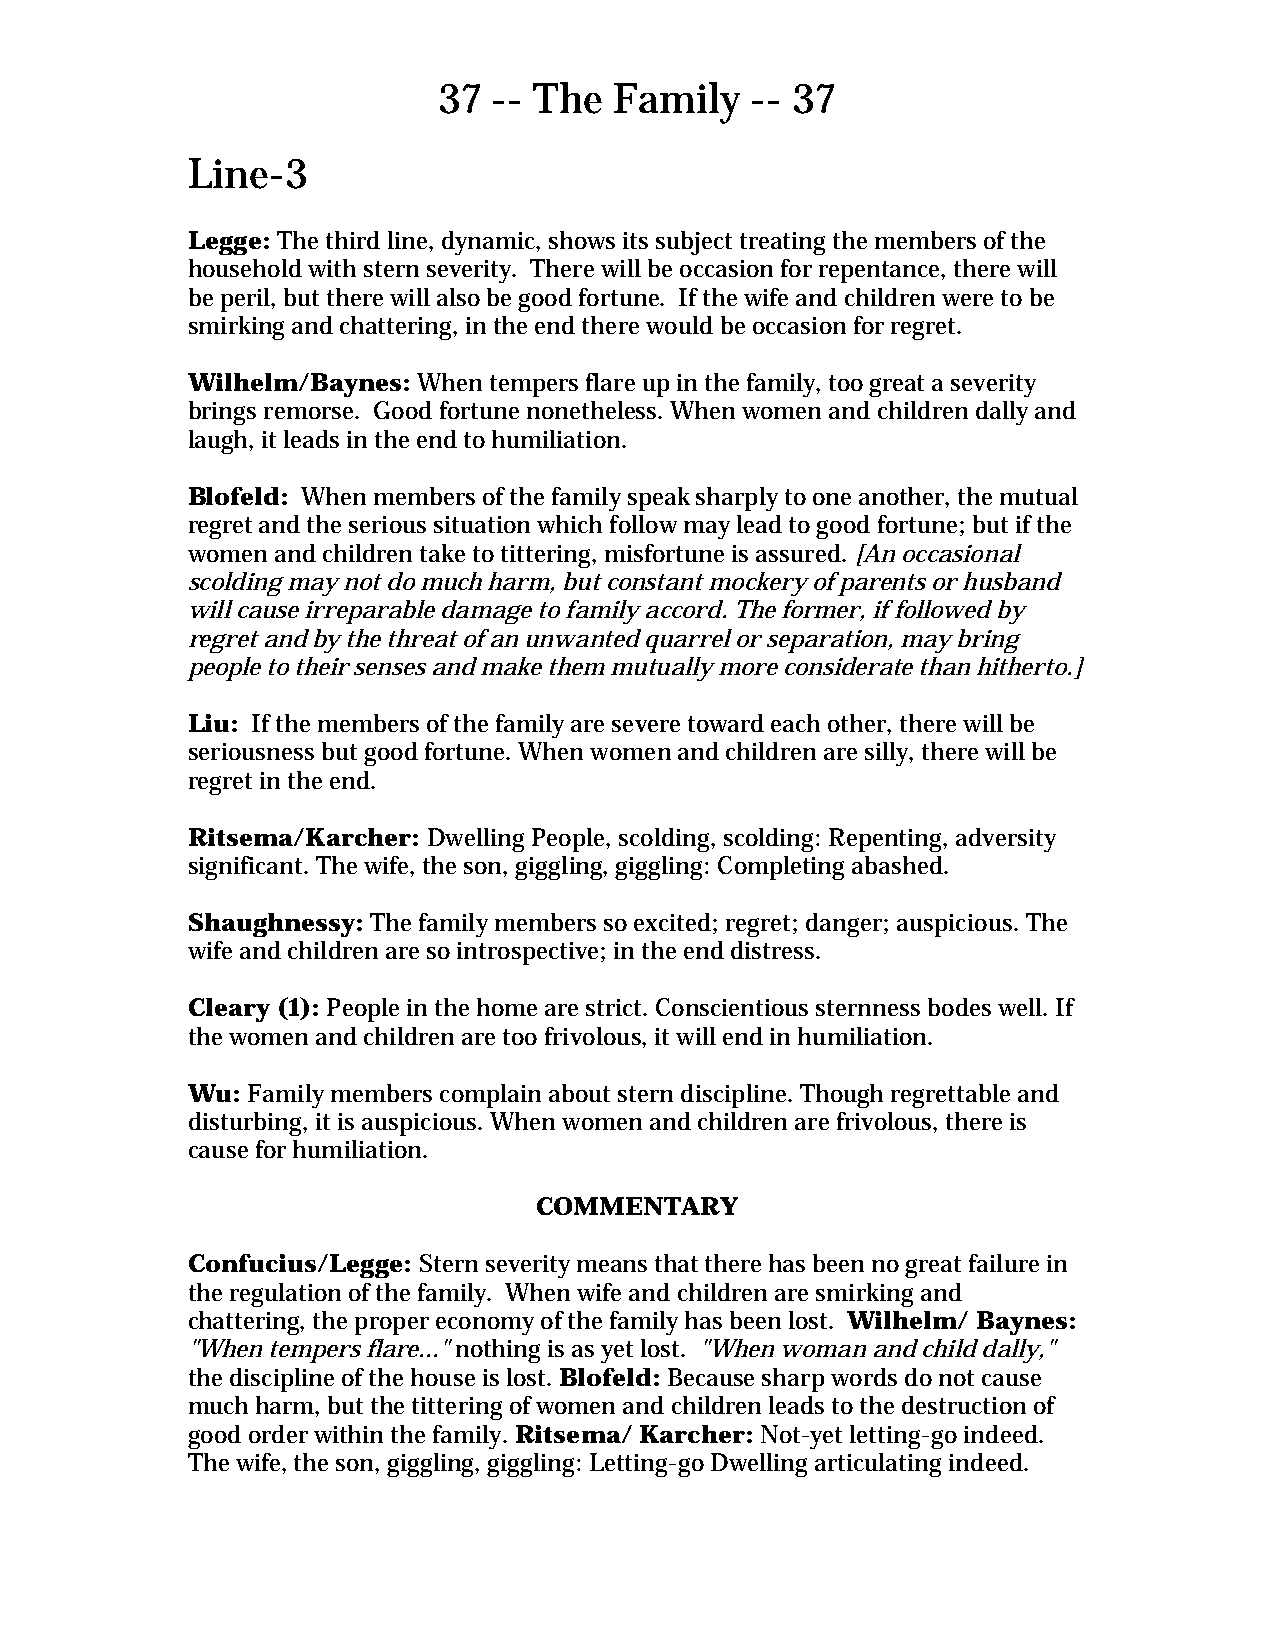
37  -- The  Family   -- 37
 Line-3
 Legge: The third line, dynamic, shows its subject treating the members of the
 household with stern severity. There will be occasion for repentance, there will
 be peril, but there will also be good fortune. If the wife and children were to be
 smirking and chattering, in the end there would be occasion for regret.
 Wilhelm/Baynes: When tempers flare up in the family, too great a severity
 brings remorse. Good fortune nonetheless. When women and children dally and
 laugh, it leads in the end to humiliation.
 Blofeld: When members of the family speak sharply to one another, the mutual
 regret and the serious situation which follow may lead to good fortune; but if the
 women and children take to tittering, misfortune is assured. [An occasional
 scolding may not do much harm, but constant mockery of parents or husband
 will cause irreparable damage to family accord. The former, if followed by
 regret and by the threat of an unwanted quarrel or separation, may bring
 people to their senses and make them mutually more considerate than hitherto.]
 Liu: If the members of the family are severe toward each other, there will be
 seriousness but good fortune. When women and children are silly, there will be
 regret in the end.
 Ritsema/Karcher: Dwelling People, scolding, scolding: Repenting, adversity
 significant. The wife, the son, giggling, giggling: Completing abashed.
 Shaughnessy: The family members so excited; regret; danger; auspicious. The
 wife and children are so introspective; in the end distress.
 Cleary (1): People in the home are strict. Conscientious sternness bodes well. If
 the women and children are too frivolous, it will end in humiliation.
 Wu: Family members complain about stern discipline. Though regrettable and
 disturbing, it is auspicious. When women and children are frivolous, there is
 cause for humiliation.
 COMMENTARY
 Confucius/Legge: Stern severity means that there has been no great failure in
 the regulation of the family. When wife and children are smirking and
 chattering, the proper economy of the family has been lost. Wilhelm/ Baynes:
 "When tempers flare..." nothing is as yet lost. "When woman and child dally,"
 the discipline of the house is lost. Blofeld: Because sharp words do not cause
 much harm, but the tittering of women and children leads to the destruction of
 good order within the family. Ritsema/ Karcher: Not-yet letting-go indeed.
 The wife, the son, giggling, giggling: Letting-go Dwelling articulating indeed.